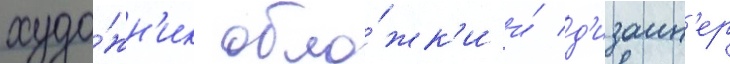
худо́жн'ик обло́жк'и и́ д'изаин'ер